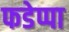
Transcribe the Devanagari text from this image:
फडेप्पा